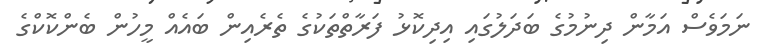
ނަމަވެސް އަމާން ދިނުމުގެ ބަދަލުގައި އިދިކޮޅު ފަރާތްތަކުގެ ތެރެއިން ބައެއް މީހުން ބެންކޮކްގެ